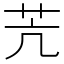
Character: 苀